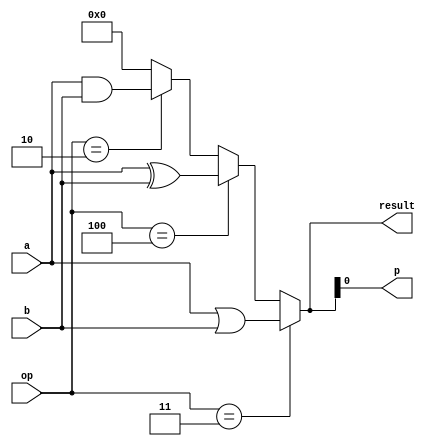
`timescale 1ns / 1ps

`define ANL   4'h2
`define ORL   4'h3
`define XRL   4'h4

module xorAndOr(op, a, b, result, p);
    input  [3:0] op;        // operations: 1 -> and, 0 -> xor;
    input  [7:0] a, b;      // Temp accumulators
    output [7:0] result;    // result of the operation
    output       p;         // bit parity
 
assign result = (op == `ORL) ? a|b : 
                (op == `XRL) ? a^b :
                (op == `ANL) ? a&b : 8'h0;

assign p = result[0];

endmodule